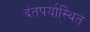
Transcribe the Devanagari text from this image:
दंतपर्यास्थित